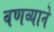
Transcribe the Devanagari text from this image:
वणव्याने